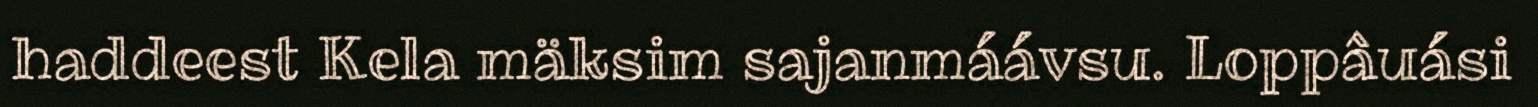
haddeest Kela mäksim sajanmáávsu. Loppâuási